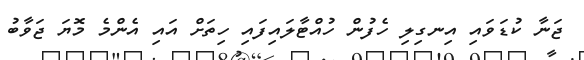
ޖަނާ ކުޑަވައި އިނގިލި ހެފުން ހުއްޓާލައިފައި ހިތަށް އައި އެންމެ މޮޔަ ޖަވާބު